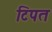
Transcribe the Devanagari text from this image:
टिपत